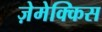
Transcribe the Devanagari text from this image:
ज़ेमेक्किस